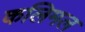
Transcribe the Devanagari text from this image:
कलिमल